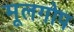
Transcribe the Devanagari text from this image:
मूलगोप